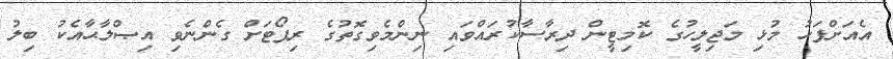
އެއަށްފަހު މުޅި މަޖިލީހުގެ ކޮމިޓީން ދިރާސާކުރައްވައި ނިންމެވިގޮތުގެ ރިޕޯޓަށް ގެންނެވި އިޞްލާޙާއެކު ބިލު